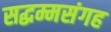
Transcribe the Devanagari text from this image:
सद्धम्मसंगह